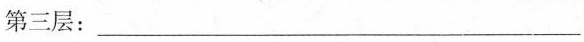
第三层：___